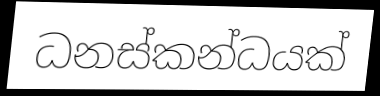
ධනස්කන්ධයක්